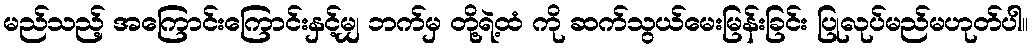
မည်သည့် အကြောင်းကြောင်းနှင့်မျှ ဘက်မှ တို့ရဲ့ထံ ကို ဆက်သွယ်မေးမြန်းခြင်း ပြုလုပ်မည်မဟုတ်ပါ။